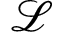
\mathcal { L }